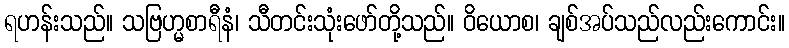
ရဟန်းသည်။ သဗြဟ္မစာရီနံ၊ သီတင်းသုံးဖော်တို့သည်။ ဝိယောစ၊ ချစ်အပ်သည်လည်းကောင်း။